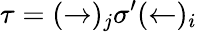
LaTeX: \tau=(\rightarrow)_{j}\sigma^{\prime}(\leftarrow)_{i}